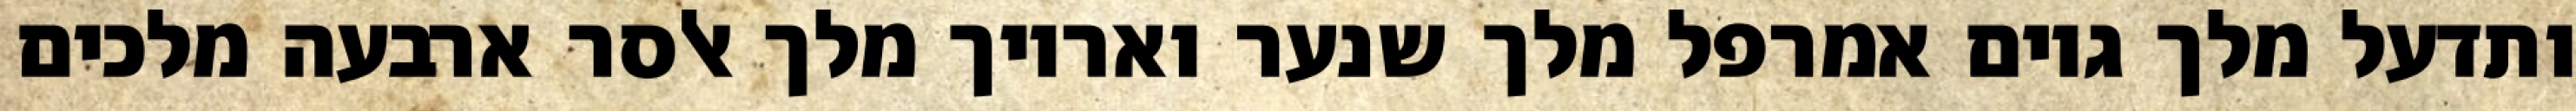
ותדעל מלך גוים אמרפל מלך שנער ואריוך מלך אלסר ארבעה מלכים